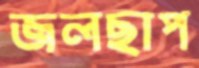
জলছাপ